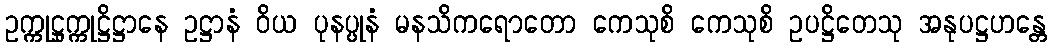
ဥက္ကုဋ္ဌုက္ကုဋ္ဌိဋ္ဌာနေ ဥဋ္ဌာနံ ဝိယ ပုနပ္ပုနံ မနသိကရောတော ကေသုစိ ကေသုစိ ဥပဋ္ဌိတေသု အနုပဋ္ဌဟန္တေ